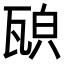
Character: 𤭍